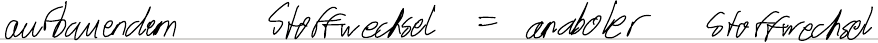
aufbauendem Stoffwechsel = anaboler Stoffwechsel